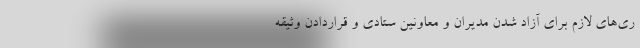
ری‌های لازم برای آزاد شدن مدیران و معاونین ستادی و قراردادن وثیقه